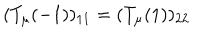
LaTeX: ( T _ { \mu } ( - 1 ) ) _ { 1 1 } = ( T _ { \mu } ( 1 ) ) _ { 2 2 }